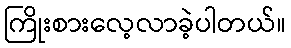
ကြိုးစားလေ့လာခဲ့ပါတယ်။